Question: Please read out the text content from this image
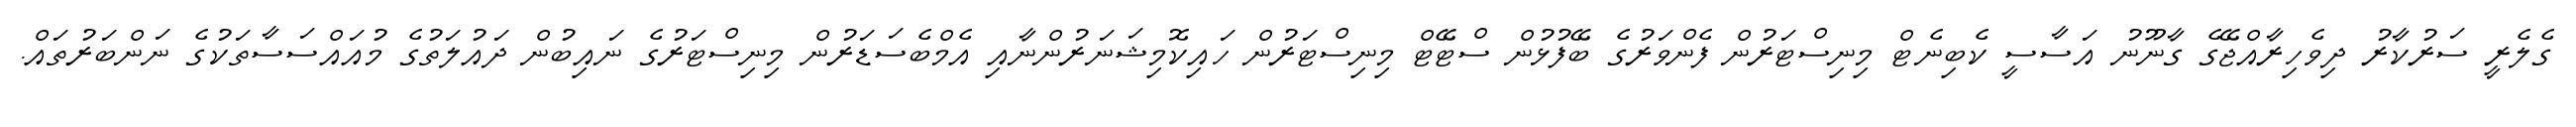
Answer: ގެލެރީ ސަރުކާރު ދިވެހިރާއްޖޭގެ ގާނޫނު އަސާސީ ކެބިނެޓް މިނިސްޓަރުން ފެންވަރުގެ ބޭފުޅުން ސްޓޭޓް މިނިސްޓަރުން ހައިކޮމިޝަނަރުންނާއި އެމްބެސަޑަރުން މިނިސްޓަރުގެ ނައިބުން ދައުލަތުގެ މުއައްސަސާތަކުގެ ނަންބަރުތައް.